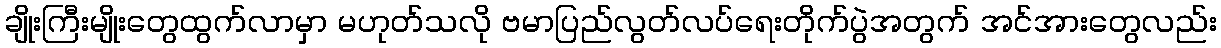
ချိုးကြီးမျိုးတွေထွက်လာမှာ မဟုတ်သလို ဗမာပြည်လွတ်လပ်ရေးတိုက်ပွဲအတွက် အင်အားတွေလည်း